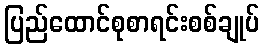
ပြည်ထောင်စုစာရင်းစစ်ချုပ်